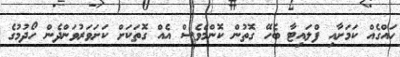
ހައްގެއް ކަމަށާއި ފްލައިޓާ ބެހޭ ގޮތުން ކޮންމެވެސް އެއް ގޮތަކަށް ކަށަވަރުވަންދެން ހޯދުމުގެ